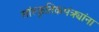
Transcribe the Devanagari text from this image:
सांस्कृतिकमंत्र्यांना